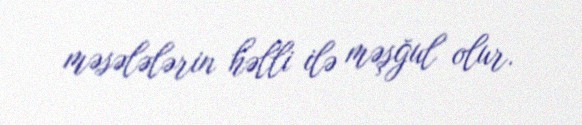
məsələlərin həlli ilə məşğul olur.